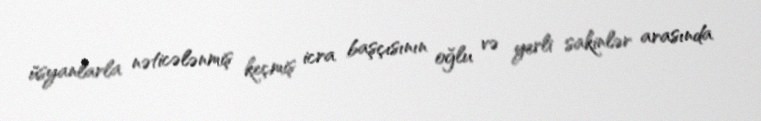
üsyanlarla nəticələnmiş keçmiş icra başçısının oğlu və yerli sakinlər arasında